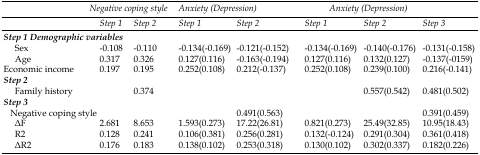
<table><thead><tr><td></td><td colspan="2"><b><i>Negative coping style</i></b></td><td colspan="2"><b><i>Anxiety (Depression)</i></b></td><td colspan="3"><b><i>Anxiety (Depression)</i></b></td></tr><tr><td></td><td><b><i>Step 1</i></b></td><td><b><i>Step 2</i></b></td><td><b><i>Step 1</i></b></td><td><b><i>Step 2</i></b></td><td><b><i>Step 1</i></b></td><td><b><i>Step 2</i></b></td><td><b><i>Step 3</i></b></td></tr></thead><tbody><tr><td><i>Step 1 Demographic variables</i></td><td></td><td></td><td></td><td></td><td></td><td></td><td></td></tr><tr><td>Sex</td><td>-0.108</td><td>-0.110</td><td>-0.134(-0.169)</td><td>-0.121(-0.152)</td><td>-0.134(-0.169)</td><td>-0.140(-0.176)</td><td>-0.131(-0.158)</td></tr><tr><td>Age</td><td>0.317</td><td>0.326</td><td>0.127(0.116)</td><td>-0.163(-0.194)</td><td>0.127(0.116)</td><td>0.132(0.127)</td><td>-0.137(-0159)</td></tr><tr><td>Economic income</td><td>0.197</td><td>0.195</td><td>0.252(0.108)</td><td>0.212(-0.137)</td><td>0.252(0.108)</td><td>0.239(0.100)</td><td>0.216(-0.141)</td></tr><tr><td><i>Step 2</i></td><td></td><td></td><td></td><td></td><td></td><td></td><td></td></tr><tr><td>Family history</td><td></td><td>0.374</td><td></td><td></td><td></td><td>0.557(0.542)</td><td>0.481(0.502)</td></tr><tr><td><i>Step 3</i></td><td></td><td></td><td></td><td></td><td></td><td></td><td></td></tr><tr><td>Negative coping style</td><td></td><td></td><td></td><td>0.491(0.563)</td><td></td><td></td><td>0.391(0.459)</td></tr><tr><td>△F</td><td>2.681</td><td>8.653</td><td>1.593(0.273)</td><td>17.22(26.81)</td><td>0.821(0.273)</td><td>25.49(32.85)</td><td>10.95(18.43)</td></tr><tr><td>R<sup>2</sup></td><td>0.128</td><td>0.241</td><td>0.106(0.381)</td><td>0.256(0.281)</td><td>0.132(-0.124)</td><td>0.291(0.304)</td><td>0.361(0.418)</td></tr><tr><td>△R<sup>2</sup></td><td>0.176</td><td>0.183</td><td>0.138(0.102)</td><td>0.253(0.318)</td><td>0.130(0.102)</td><td>0.302(0.337)</td><td>0.182(0.226)</td></tr></tbody></table>